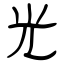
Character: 光